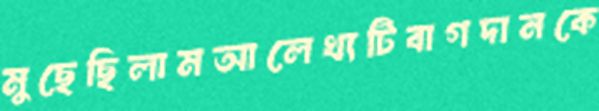
মুছেছিলামআলেখ্যটিবাগদানকে